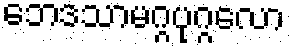
ဘေဒသာမဂ္ဂပုဂ္ဂလော